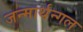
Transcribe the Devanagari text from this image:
जन्मार्थन्गल